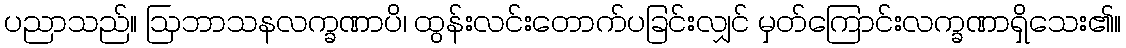
ပညာသည်။ ဩဘာသနလက္ခဏာပိ၊ ထွန်းလင်းတောက်ပခြင်းလျှင် မှတ်ကြောင်းလက္ခဏာရှိသေး၏။